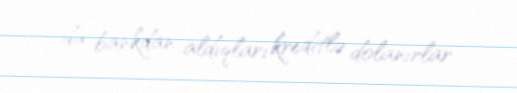
da bankdan aldıqları kreditlə dolanırlar.